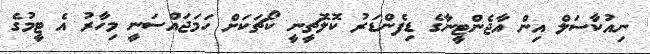
ނިއުކާސަަލް އިން އާޖެންޓީނާގެ ޑިފެންޑަރު ކޮލޮޗީީނީ ކޯޗަކަށް ހަމަޖައްސަނީ މިހާރު އެ ޓީމުގެ